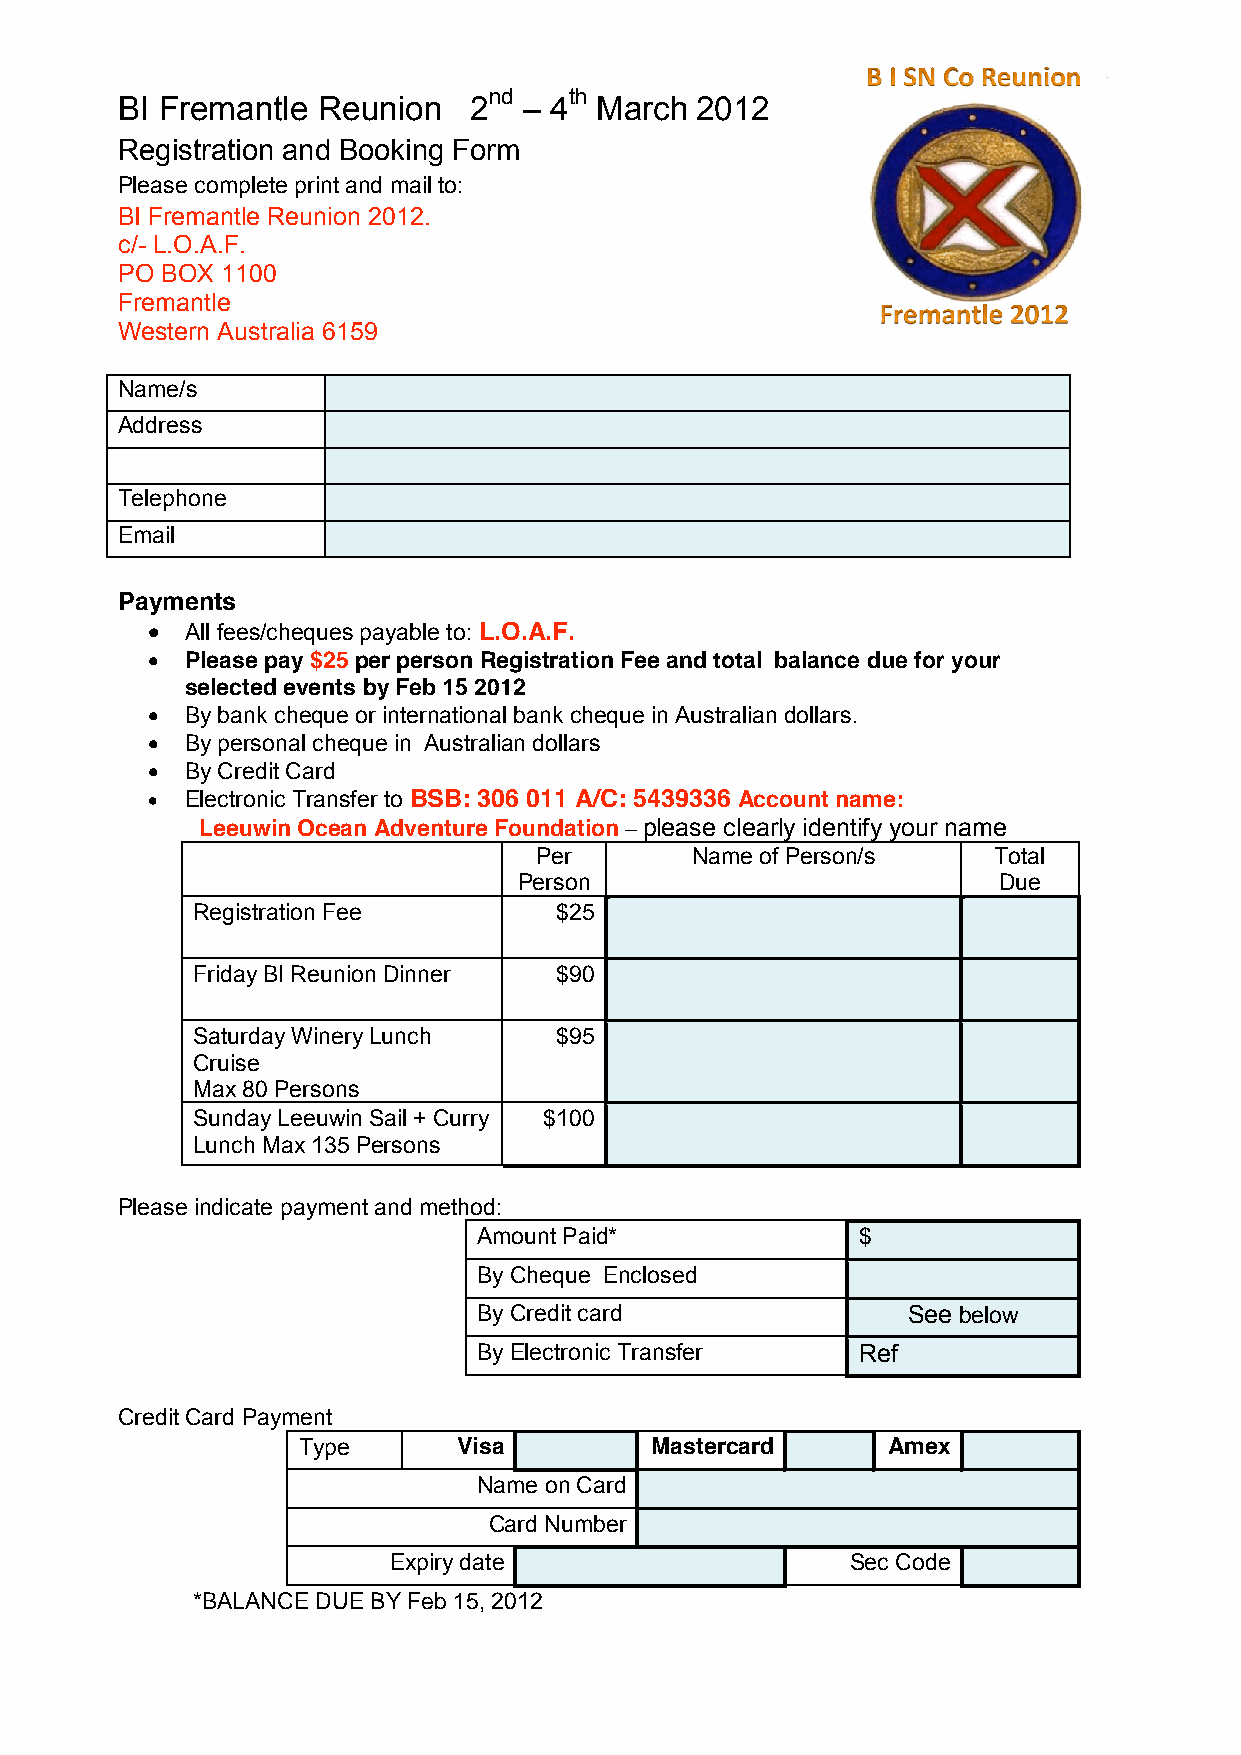
nd    th
 BI Fremantle Reunion   2   – 4 March  2012
 Registration and Booking Form
 Please complete print and mail to:
 BI Fremantle Reunion 2012.
 c/- L.O.A.F.
 PO BOX 1100
 Fremantle
 Western Australia 6159
 Name/s
 Address
 Telephone
 Email
 Payments
  All fees/cheques payable to: L.O.A.F.
  Please pay $25 per person Registration Fee and total balance due for your
 selected events by Feb 15 2012
  By bank cheque or international bank cheque in Australian dollars.
  By personal cheque in Australian dollars
  By Credit Card
  Electronic Transfer to BSB: 306 011 A/C: 5439336 Account name:
 Leeuwin Ocean Adventure Foundation – please clearly identify your name
 Per        Name of Person/s    Total
 Person                          Due
 Registration Fee        $25
 Friday BI Reunion Dinner $90
 Saturday Winery Lunch   $95
 Cruise
 Max 80 Persons
 Sunday Leeuwin Sail + Curry $100
 Lunch Max 135 Persons
 Please indicate payment and method:
 Amount Paid*             $
 By Cheque Enclosed
 By Credit card              See below
 By Electronic Transfer   Ref
 Credit Card Payment
 Type      Visa         Mastercard      Amex
 Name on Card
 Card Number
 Expiry date                   Sec Code
 *BALANCE DUE BY Feb 15, 2012